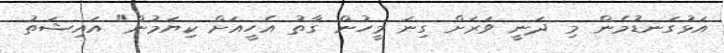
އަޅުގަނޑުމެން މި ދަނީ ވަރަށް ގިނަ މީހުން ގާތު އެހީއަށް ކިޔަމުން" އައިޝަތު